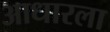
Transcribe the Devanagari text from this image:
आधारला